Indian journal of veterinary science and animal husbandry - Volumes 26-27, 1956-1957
Year: 1956
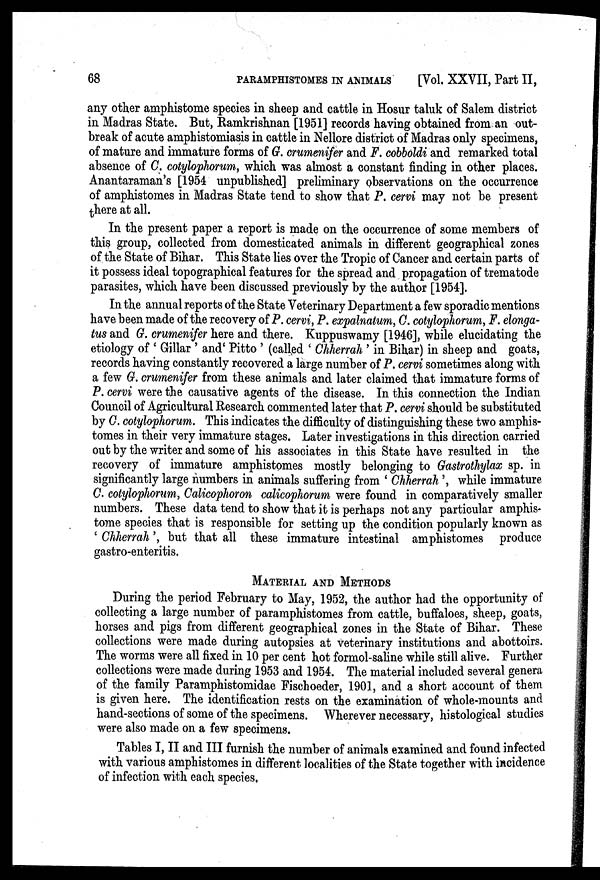
68
PARAMPHISTOMES
IN
ANIMALS
[Vol. XXVII, Part II,
any other amphistome species in sheep and cattle in Hosur taluk of Salem district
in Madras State. But, Ramkrishnan [1951] records having obtained from an out-
break of acute amphistomiasis in cattle in Nellore district of Madras only specimens,
of mature and immature forms of G. crumenifer and F. cobboldi and remarked total
absence of C. cotylophorum, which was almost a constant finding in other places.
Anantaraman's [1954 unpublished] preliminary observations on the occurrence
of amphistomes in Madras State tend to show that P. cervi may not be present
there at all.
In the present paper a report is made on the occurrence of some members of
this group, collected from domesticated animals in different geographical zones
of the State of Bihar. This State lies over the Tropic of Cancer and certain parts of
it possess ideal topographical features for the spread and propagation of trematode
parasites, which have been discussed previously by the author [1954].
In the annual reports of the State Veterinary Department a few sporadic mentions
have been made of the recovery of P. cervi, P. expalnatum, C. cotylophorum, F. elonga¬
tus and G. crumenifer here and there. Kuppuswamy [1946], while elucidating the
etiology of ' Gillar ' and ' Pitto ' (called ' Chherrah ' in Bihar) in sheep and goats,
records having constantly recovered a large number of P. cervi sometimes along with
a few G. crumenifer from these animals and later claimed that immature forms of
P. cervi were the causative agents of the disease. In this connection the Indian
Council of Agricultural Research commented later that P. cervi should be substituted
by C. cotylophorum. This indicates the difficulty of distinguishing these two amphis-
tomes in their very immature stages. Later investigations in this direction carried
out by the writer and some of his associates in this State have resulted in the
recovery of immature amphistomes mostly belonging to Gastrothylax sp. in
significantly large numbers in animals suffering from ' Chherrah ', while immature
C. cotylophorum, Calicophoron calicophorum were found in comparatively smaller
numbers. These data tend to show that it is perhaps not any particular amphis-
tome species that is responsible for setting up the condition popularly known as
' Chherrah ', but that all these immature intestinal amphistomes produce
gastro-enteritis.
MATERIAL AND METHODS
During the period February to May, 1952, the author had the opportunity of
collecting a large number of paramphistomes from cattle, buffaloes, sheep, goats,
horses and pigs from different geographical zones in the State of Bihar. These
collections were made during autopsies at veterinary institutions and abottoirs.
The worms were all fixed in 10 per cent hot formol-saline while still alive. Further
collections were made during 1953 and 1954. The material included several genera
of the family Paramphistomidae Fischoeder, 1901, and a short account of them
is given here. The identification rests on the examination of whole-mounts and
hand-sections of some of the specimens. Wherever necessary, histological studies
were also made on a few specimens.
Tables I, II and III furnish the number of animals examined and found infected
with various amphistomes in different localities of the State together with incidence
of infection with each species.